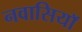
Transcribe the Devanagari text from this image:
नवासियाॅ